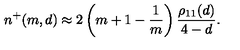
n ^ { + } ( m , d ) \approx 2 \left( m + 1 - { \frac { 1 } { m } } \right) { \frac { \rho _ { 1 1 } ( d ) } { 4 - d } } .